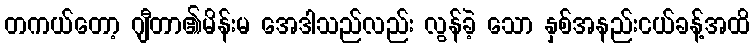
တကယ်တော့ ဂျီတာ၏မိန်းမ အေဒါသည်လည်း လွန်ခဲ့ သော နှစ်အနည်းငယ်ခန့်အထိ